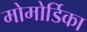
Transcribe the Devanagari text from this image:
मोमोर्डिका